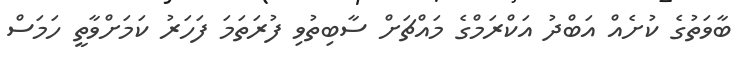
ބާވަތުގެ ކުށެއް އަބްދު އަކްރަމްގެ މައްޗަށް ސާބިތުވި ފުރަތަމަ ފަހަރު ކަމަށްވާތީ ހަމަސް